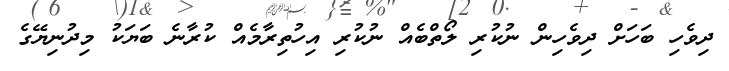
ދިވެހި ބަހަށް ދިވެހިން ނުކުރި ލޯތްބެއް ނުކުރި އިހުތިރާމެއް ކުރާނެ ބަޔަކު މިދުނިޔޭގެ